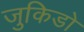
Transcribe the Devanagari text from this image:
जुकिडो